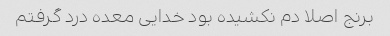
برنج اصلا دم نکشیده بود خدایی معده درد گرفتم